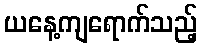
ယနေ့ကျရောက်သည့်